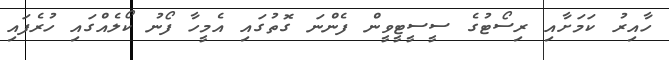
ހާއިރު ކަމަށާއި ރިސޯޓުގެ ސީސީޓީވީން ފެންނަ ގޮތުގައި އެމީހާ ފޯނު ކޯލެއްގައި ހުރެފައި